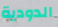
الدودية